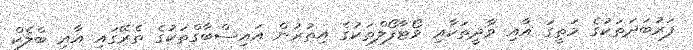
ފަރުބަދަތަކުގެ މަތީގަ އާއި ވާދީތަކާއި ވޯޓާފޯލްތަކުގެ އިތުރުން އައިސްބާގްތަކުގެ ތެރޭގައި އާއި ބްލެކް